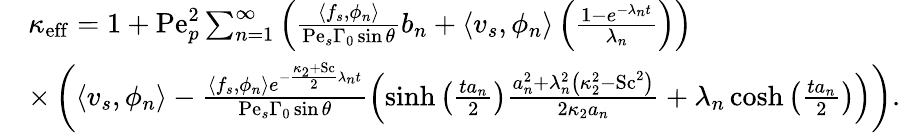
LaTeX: \begin{array}{rl}&{\kappa_{\mathrm{eff}}=1+\mathrm{Pe}_{p}^{2}\sum_{n=1}^{\infty}\left(\frac{\left\langle f_{s},\phi_{n}\right\rangle}{\mathrm{Pe}_{s}\Gamma_{0}\sin\theta}b_{n}+\left\langle v_{s},\phi_{n}\right\rangle\left(\frac{1-e^{-\lambda_{n}t}}{\lambda_{n}}\right)\right)}\\ &{\times\left(\left\langle v_{s},\phi_{n}\right\rangle-\frac{\left\langle f_{s},\phi_{n}\right\rangle e^{-\frac{\kappa_{2}+\mathrm{Sc}}{2}\lambda_{n}t}}{\mathrm{Pe}_{s}\Gamma_{0}\sin\theta}\left(\sinh\left(\frac{ta_{n}}{2}\right)\frac{a_{n}^{2}+\lambda_{n}^{2}\left(\kappa_{2}^{2}-\mathrm{Sc}^{2}\right)}{2\kappa_{2}a_{n}}+\lambda_{n}\cosh\left(\frac{ta_{n}}{2}\right)\right)\right).}\end{array}